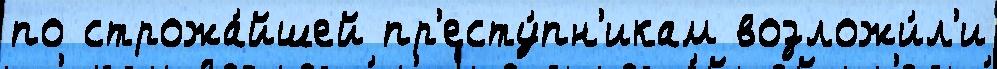
по строжа́йшей пр'есту́пн'икам возложи́л'и